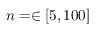
n = \in [ 5 , 1 0 0 ]